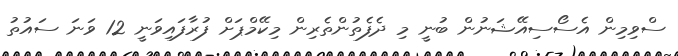
ސްވިމިން އެސޯސިއޭޝަނުން ބުނީ މި ދެފެތުންތެރިން މިކޭމްޕަށް ފުރާފައިވަނީ 12 ވަނަ ސައުތު